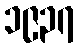
၁၉၃၇